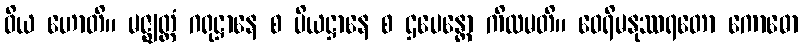
ဝိယ ဟောတိ။ မဇ္ဈတ္တံ ဂရုဋ္ဌာနေ စ ပိယဋ္ဌာနေ စ ဌပေန္တော ကိလမတိ။ ဝေရိမနုဿရတော ကောဓော